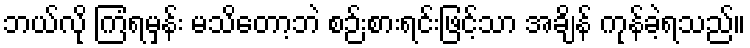
ဘယ်လို ကြံရမှန်း မသိတော့ဘဲ စဉ်းစားရင်းဖြင့်သာ အချိန် ကုန်ခဲ့ရသည်။